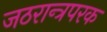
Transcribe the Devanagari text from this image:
जठरान्त्रपरक